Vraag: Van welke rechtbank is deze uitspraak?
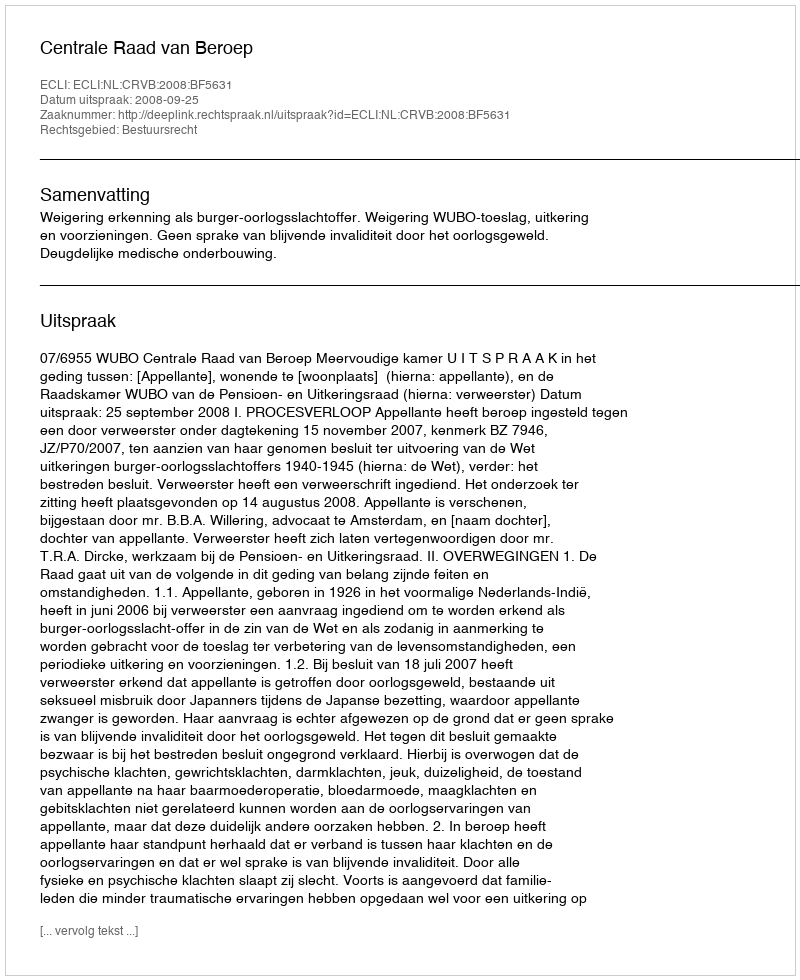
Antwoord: Centrale Raad van Beroep